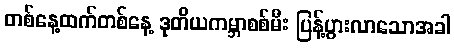
တစ်နေ့ထက်တစ်နေ့ ဒုတိယကမ္ဘာစစ်မီး ပြန့်ပွားလာသောအခါ